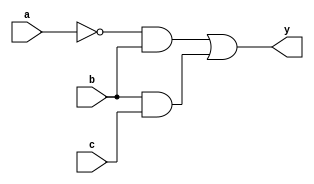
module example(a, b, c, y);

// gate-level description
input a, b, c;
output y;

not(d, a);
and(e, a, d);
and(f, d, b);
and(g, b, c);
or(y, e, f, g);

/*
// data-flow description
// y = ab + a'b + bc = b
input a, b, c;
output y;

assign d = ~a;
assign e = a & b;
assign f = d & b;
assign g = b & c;
assign y = e | f | g;
// assign y = (a & b) | (~a & b) | (b & c);
*/
endmodule